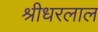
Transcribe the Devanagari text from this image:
श्रीधरलाल